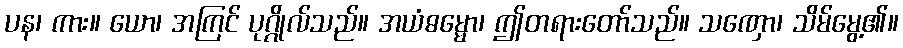
ပန၊ ကား။ ယော၊ အကြင် ပုဂ္ဂိုလ်သည်။ အယံဓမ္မော၊ ဤတရားတော်သည်။ သဏှော၊ သိမ်မွေ့၏။